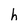
Character: h